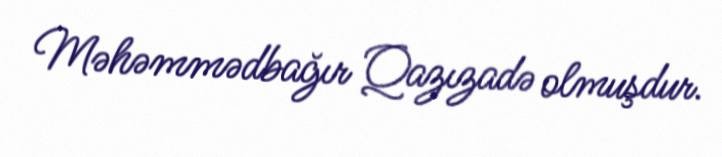
Məhəmmədbağır Qazızadə olmuşdur.